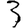
Digit: 3